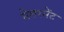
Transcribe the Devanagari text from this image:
मेशरमेंट